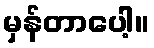
မှန်တာပေါ့။